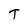
Character: T